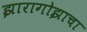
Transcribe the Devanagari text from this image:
झारागोझाचा